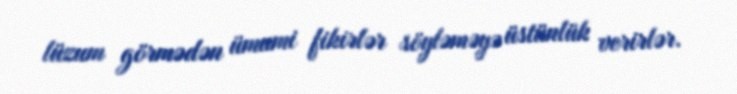
lüzum görmədən ümumi fikirlər söyləməyə üstünlük verirlər.